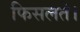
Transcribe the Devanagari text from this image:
फिसलते।